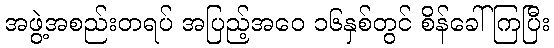
အဖွဲ့အစည်းတရပ် အပြည့်အဝေ ၁၆နှစ်တွင် စိန်ခေါ်ကြပြီး